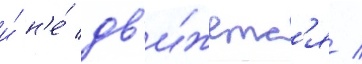
и́ н'е́ дв'и́жетс'я /